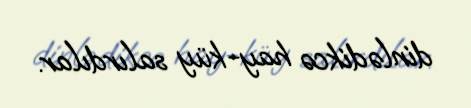
dinlədikcə hay-küy salırdılar.